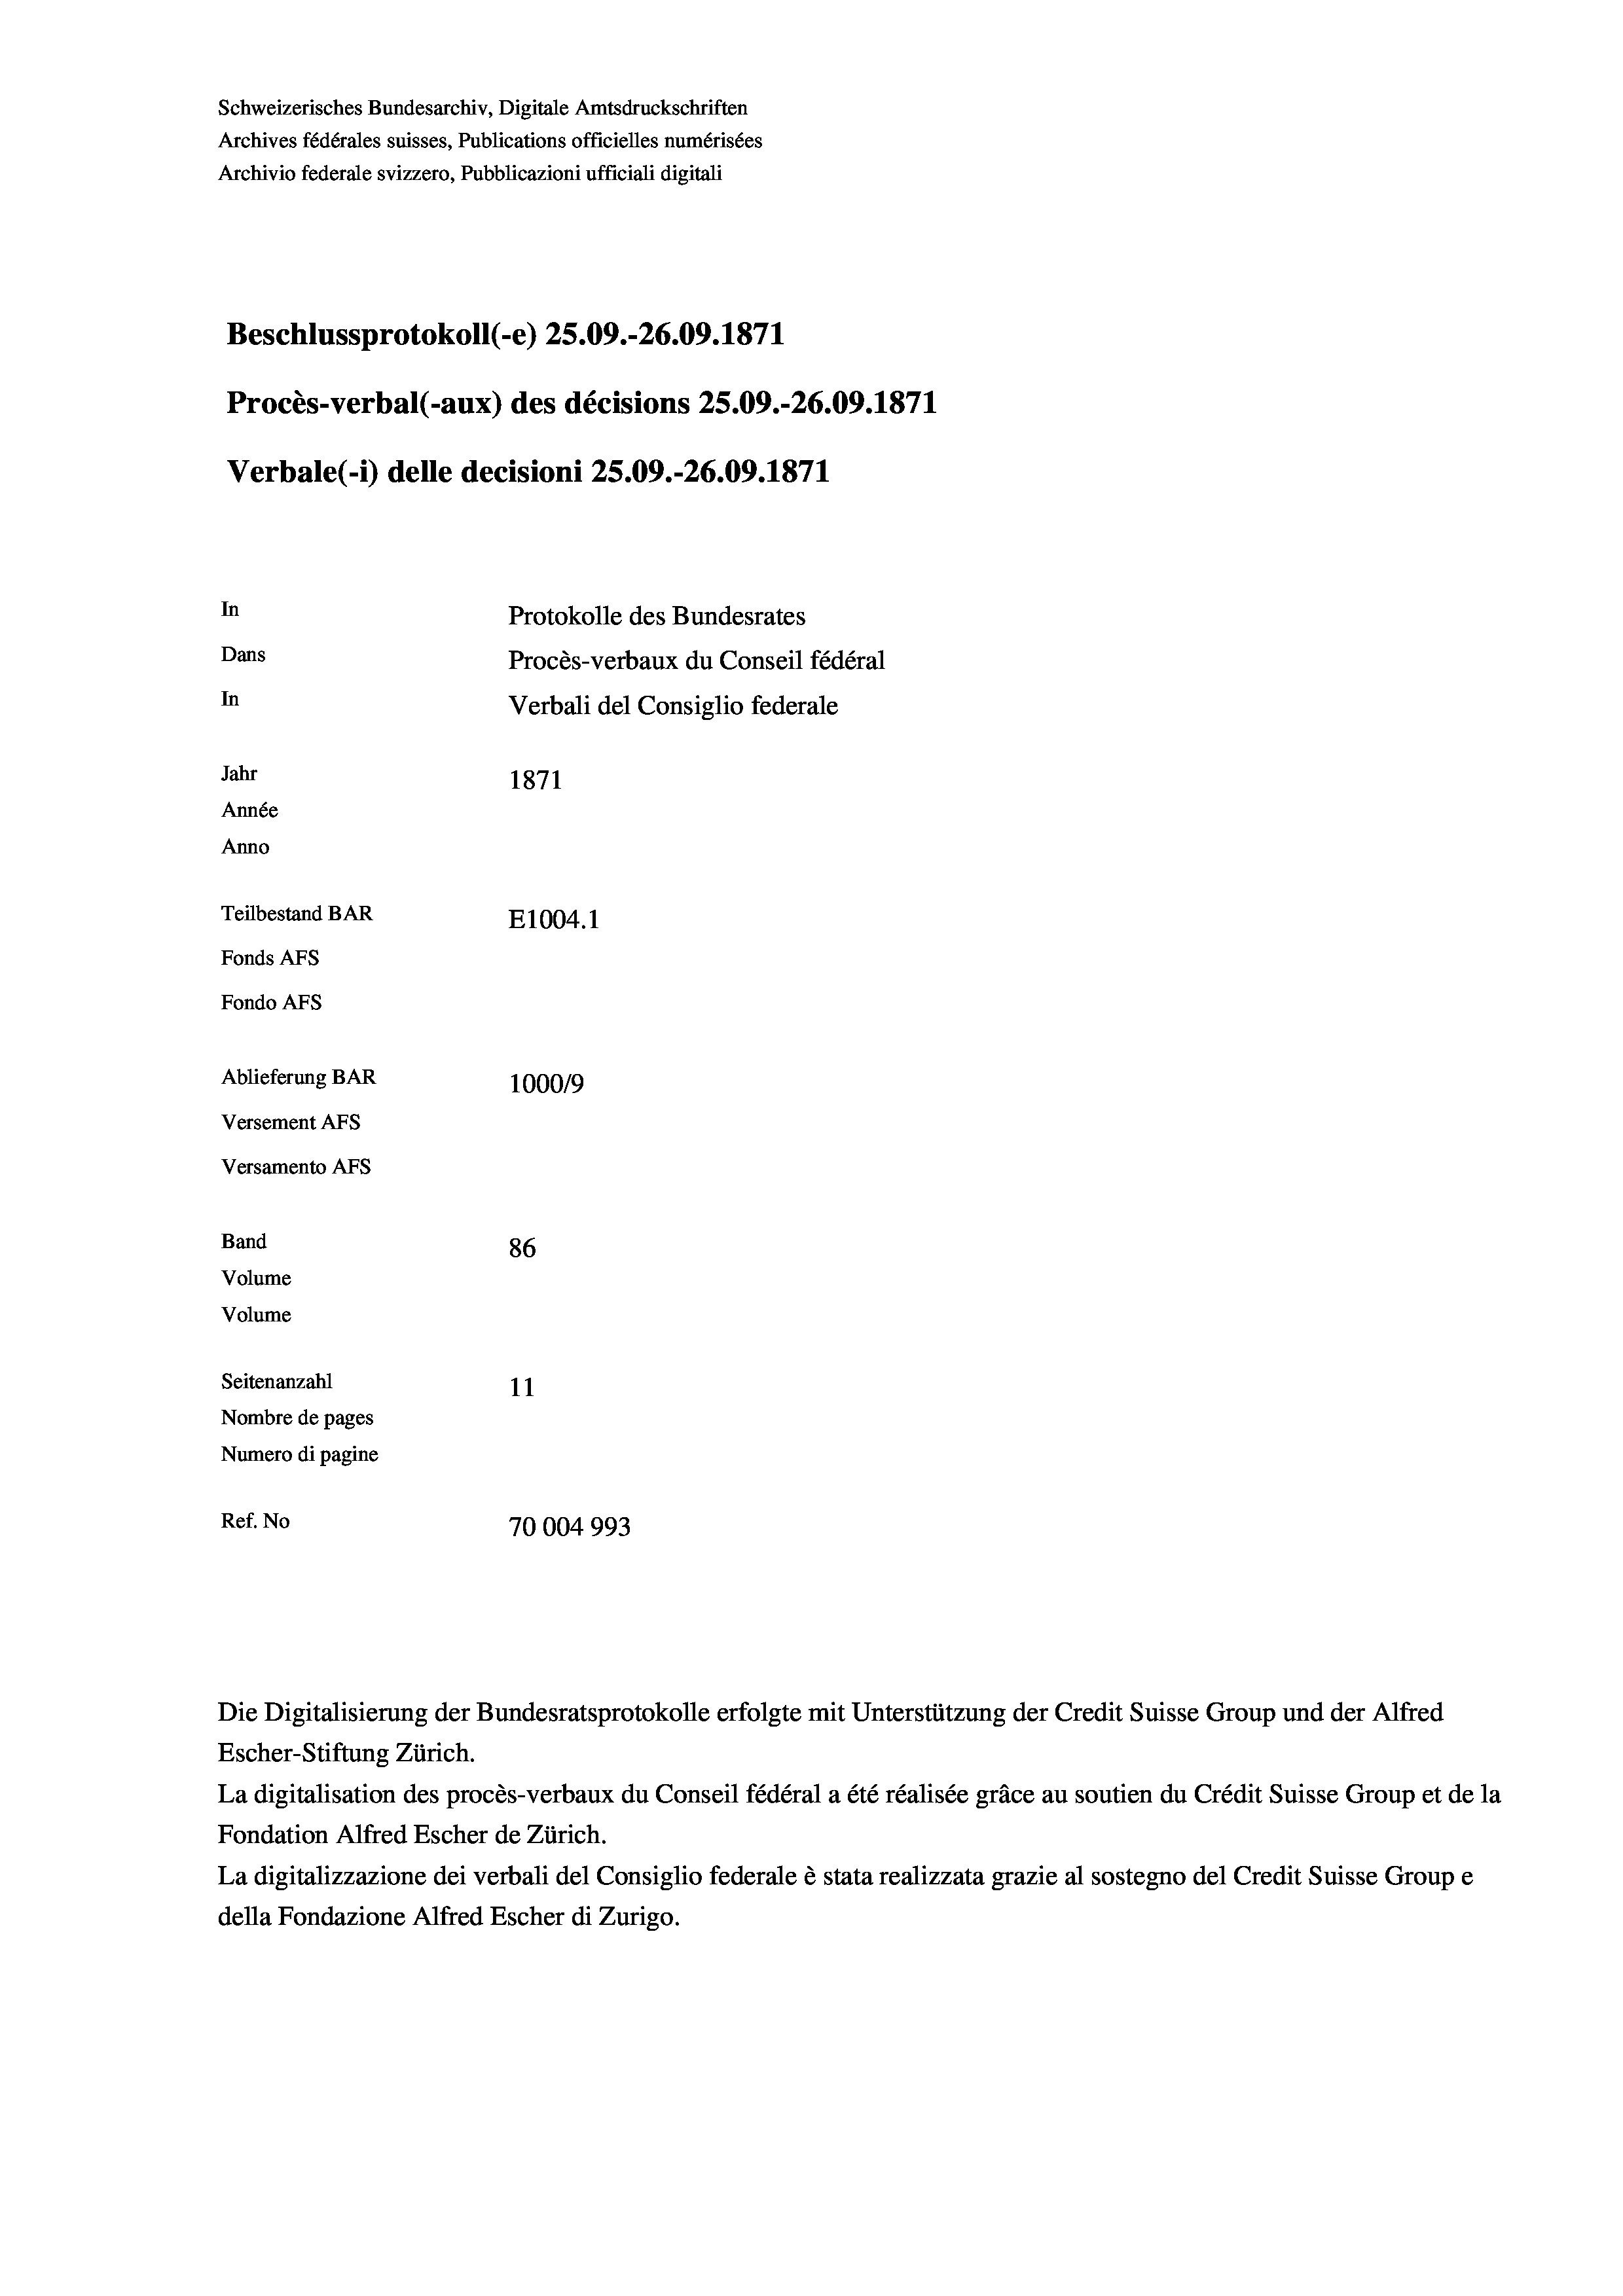
Schweizerisches Bundesarchiv, Digitale Amtsdruckschriften
Archives fédérales suisses, Publications officielles numérisées
Archivio federale svizzero, Pubblicazioni ufficiali digitali
Beschlussprotokoll (-e) 25.09.-26.09. 1871
Procès-verbal (-aux) des décisions 25.09.-26.09. 1871
Verbale(-*) delle decisioni 25.09.-26.09. 1871
In
Protokolle des Bundesrates
Dans
Procès-verbaux du Conseil fédéral
In
Verbali del Consiglio federale
Jahr
1871
Année
Anno
Teilbestand BAR
E1004. 1
Fonds AFs
Fondo Afs
Ablieferung BAR
100019
Versement AFs
Versamento AFs
Band
86
Volume
Volume
Seitenanzahl
11
Nombre de pages
Numero di pagine
Ref. No
70004993

Die Digitalisierung der Bundesratsprotokolle erfolgte mit Unterstützung der Credit Suisse Group und der Alfred
Escher-Stiftung Zürich.
La digitalisation des procès-verbaux du Conseil fédéral a été réalisée gräce au soutien du Crédit Suisse Group et de la
Fondation Alfred Escher de Zürich.
La digitalizzazione dei verbali del Consiglio federale è stata realizzata grazie al sostegno del Credit Suisse Groupe
della Fondazione Alfred Escher di Zurigo.